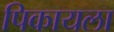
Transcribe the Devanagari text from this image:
पिकायला